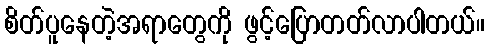
စိတ်ပူနေတဲ့အရာတွေကို ဖွင့်ပြောတတ်လာပါတယ်။